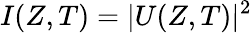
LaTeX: I(Z,T)=|U(Z,T)|^{2}